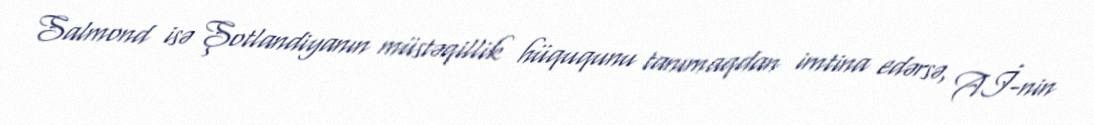
Salmond isə Şotlandiyanın müstəqillik hüququnu tanımaqdan imtina edərsə, Aİ-nin